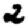
Digit: 2